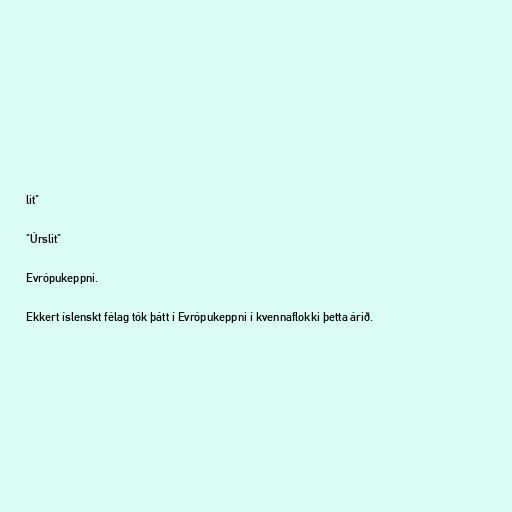
lit"

"Úrslit"

Evrópukeppni.

Ekkert íslenskt félag tók þátt í Evrópukeppni í kvennaflokki þetta árið.